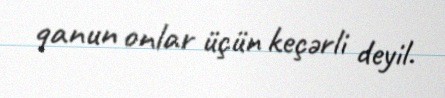
qanun onlar üçün keçərli deyil.